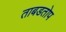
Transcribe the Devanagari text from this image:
ताबडतोप